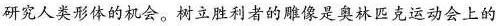
研究人类形体的机会。树立胜利者的雕像是奥林匹克运动会上的